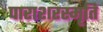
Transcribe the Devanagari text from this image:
पाराशरस्मृति